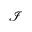
\mathcal { I }